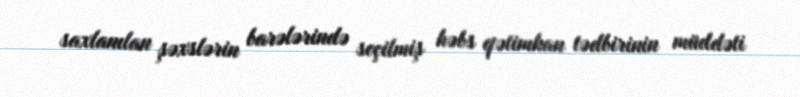
saxlanılan şəxslərin barələrində seçilmiş həbs qətimkan tədbirinin müddəti